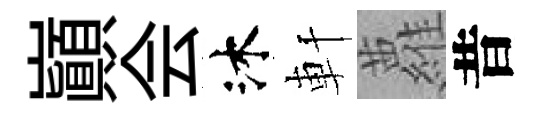
巔会沐軒蘿昔